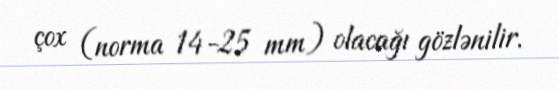
çox (norma 14-25 mm) olacağı gözlənilir.